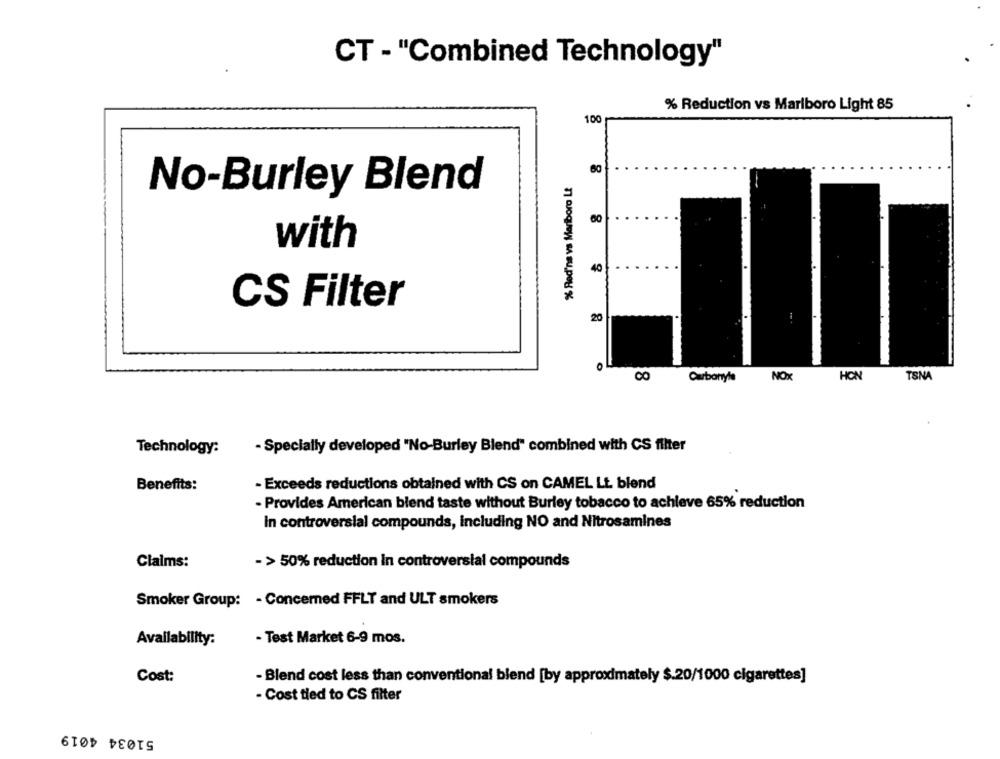
CT - "Combined Technology"
% Reduction vs Marlboro Light 85
100
60
% Red'na vs Marlboro Lt
No-Burley Blend
80
with
8 8
40 .
..
CS Filter
20
.
1
Carbonyls
NOX
HON
TSNA
- Specially developed "No-Burley Blend" combined with CS filter
Technology:
- Exceeds reductions obtained with CS on CAMEL Lt. blend
Benefits:
- Provides American blend taste without Burley tobacco to achieve 65% reduction
In controversial compounds, including NO and Nitrosamines
Claims:
- > 50% reduction in controversial compounds
Smoker Group: - Concerned FFLT and ULT smokers
Availability:
- Test Market 6-9 mos.
Cost:
- Blend cost less than conventional blend [by approximately $.20/1000 cigarettes]
- Cost tied to CS filter
51034 4019